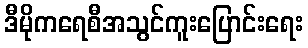
ဒီမိုကရေစီအသွင်ကူးပြောင်းရေး